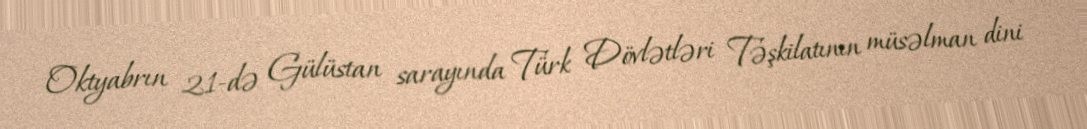
Oktyabrın 21-də Gülüstan sarayında Türk Dövlətləri Təşkilatının müsəlman dini